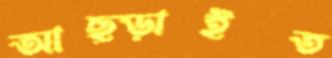
আছ্‌ড়াইত